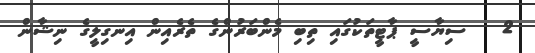
2   ސިޔާސީ ޕާޓީތަކުގައި ތިބި މެންބަރުންގެ ތެރެއިން އިނގިލީގެ ނިޝާން